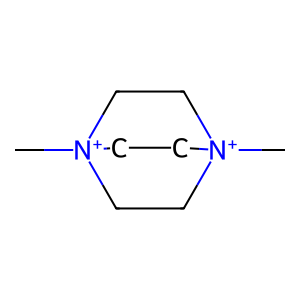
SMILES: C[N+]12CC[N+](C)(CC1)CC2
Inhibits HIV replication: No